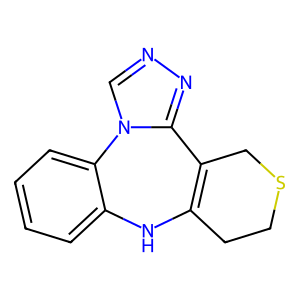
SMILES: c1ccc2c(c1)NC1=C(CSCC1)c1nncn1-2
Inhibits HIV replication: No